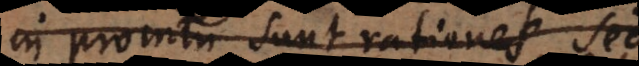
in promtu sunt rationes, sed